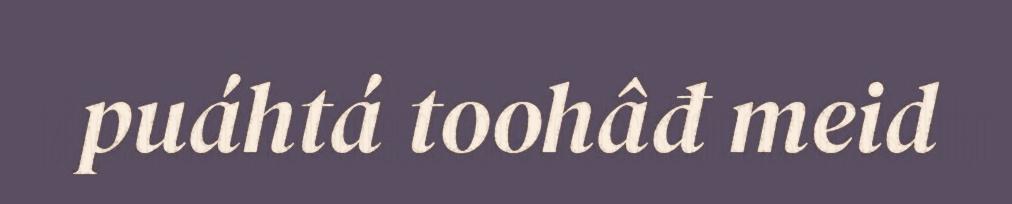
puáhtá toohâđ meid